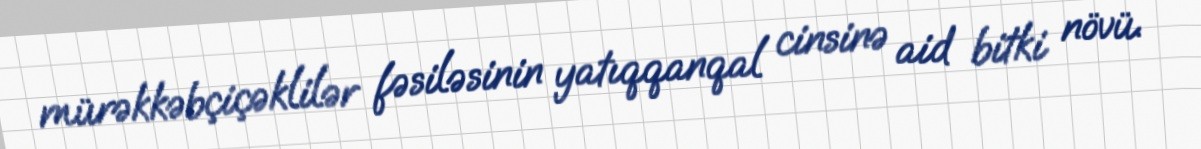
mürəkkəbçiçəklilər fəsiləsinin yatıqqanqal cinsinə aid bitki növü.